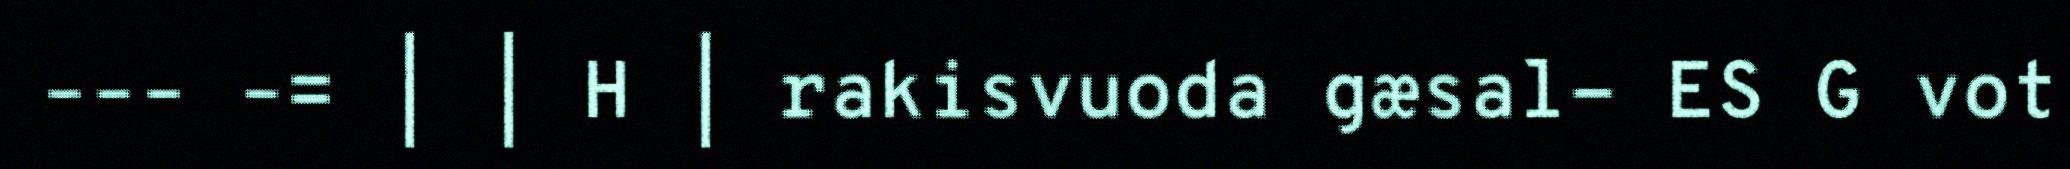
––– –= | | H | rakisvuoda gæsal- ES G vot